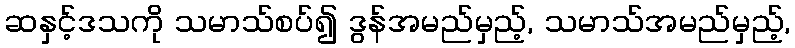
ဆနှင့်ဒသကို သမာသ်စပ်၍ ဒွန်အမည်မှည့်, သမာသ်အမည်မှည့်,